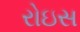
રોઇસ